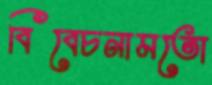
বিবেচনামতো